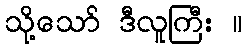
သို့သော် ဒီလူကြီး ။